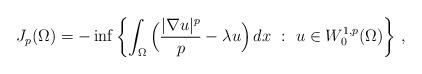
LaTeX: \begin{align*}J_p(\Omega) = -\inf\left\{ \int_\Omega \Big ( \frac{|\nabla u|^p}{p} - \lambda u \Big ) \,dx\ :\ u\in W^{1,p}_0(\Omega)\right\}\, ,\end{align*}